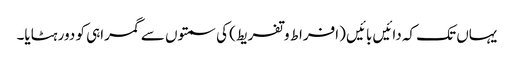
یہاں تک کہ دائیں بائیں (افراط وتفریط) کی سمتوں سے گمراہی کو دور ہٹایا۔